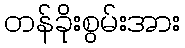
တန်ခိုးစွမ်းအား